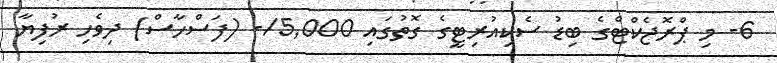
6- މި ޕްރޮޖެކްޓްގެ ބިޑު ސެކިއުރިޓީގެ ގޮތުގައި 5